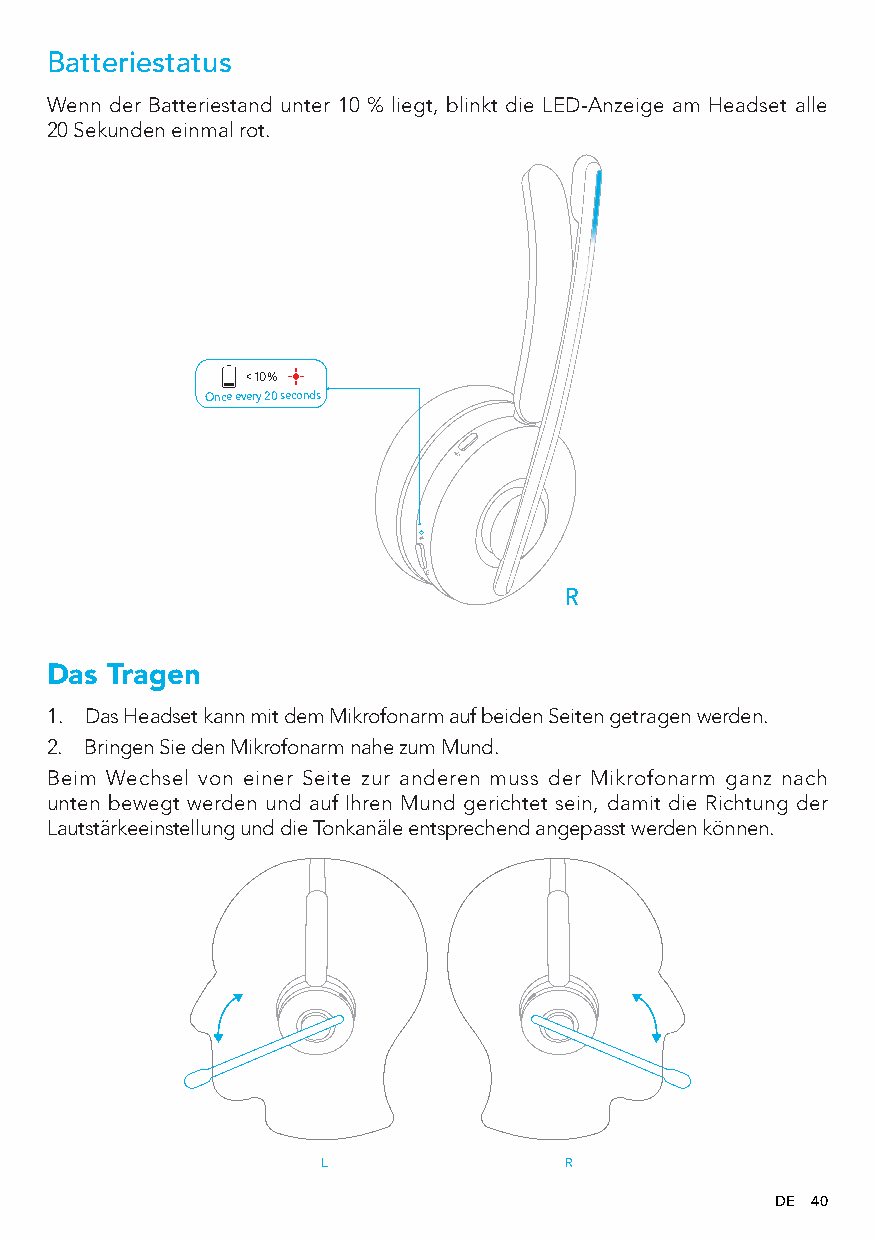
Batteriestatus
 Wenn der Batteriestand unter 10 % liegt, blinkt die LED-Anzeige am Headset alle
 20Sekunden einmal rot.
 < 10%
 Once every 20 seconds
 R
 Das Tragen
 1. Das Headset kann mit dem Mikrofonarm auf beiden Seiten getragen werden.
 2. Bringen Sie den Mikrofonarm nahe zum Mund.
 Beim Wechsel von einer Seite zur anderen muss der Mikrofonarm ganz nach
 unten bewegt werden und auf Ihren Mund gerichtet sein, damit die Richtung der
 Lautstärkeeinstellung und die Tonkanäle entsprechend angepasst werden können.
 L               R
 DE 40